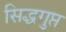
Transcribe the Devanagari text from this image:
सिद्धगुप्त